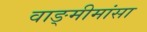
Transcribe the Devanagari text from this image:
वाङ्‍मीमांसा